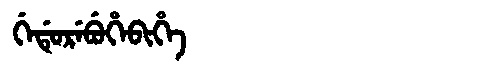
Manchu: ᡤᡝᡩᡠᡵᡝᠪᡠᡥᡝᠪᡳᡥᡝ
Romanization: GEDUREBUHEBIHE